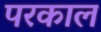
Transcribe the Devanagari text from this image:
परकाल